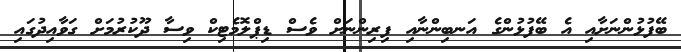
ބޭފުޅުންނަށާއި އެ ބޭފުޅުންގެ އަނބިންނާއި ފިރިންނަށް ވެސް ޑިޕްލޮމެޓިކް ވިސާ ދޫކުރުމަށް ގަވާއިދުގައި